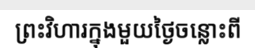
ព្រះវិហារក្នុងមួយថ្ងៃចន្លោះពី